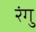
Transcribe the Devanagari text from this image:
रंगु